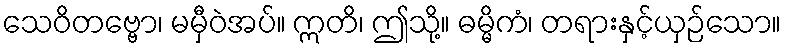
သေဝိတဗ္ဗော၊ မမှီဝဲအပ်။ ဣတိ၊ ဤသို့။ ဓမ္မိကံ၊ တရားနှင့်ယှဉ်သော။